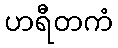
ဟရီတကံ